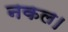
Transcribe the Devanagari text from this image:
नकल।